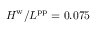
H ^ { \mathrm { w } } / L ^ { \mathrm { p p } } = 0 . 0 7 5